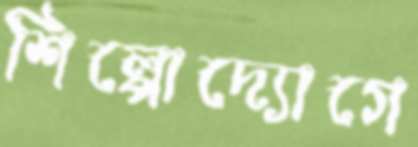
শিল্পোদ্যোগে